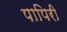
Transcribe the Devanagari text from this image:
पापिरी